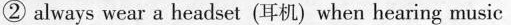
② always wear a headset (耳机)when hearing music